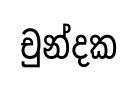
චුන්දක